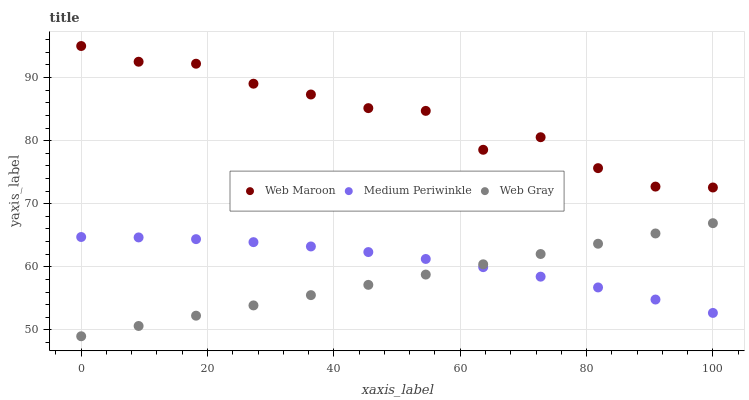
| xaxis_label | Web Maroon | Medium Periwinkle | Web Gray |
 | --- | --- | --- | --- |
 | 0 | 95 | 64.7 | 49 |
 | 9.09 | 92.5 | 64.7 | 50.6 |
 | 18.2 | 92.2 | 64.4 | 52.3 |
 | 27.3 | 89 | 63.9 | 53.9 |
 | 36.4 | 87.3 | 63.2 | 55.5 |
 | 45.5 | 85.2 | 62.3 | 57.1 |
 | 54.5 | 84.7 | 61.2 | 58.8 |
 | 63.6 | 78.6 | 60 | 60.4 |
 | 72.7 | 80.5 | 58.4 | 62 |
 | 81.8 | 75.6 | 56.7 | 63.7 |
 | 90.9 | 72.7 | 54.8 | 65.3 |
 | 100 | 72.6 | 52.7 | 66.9 |